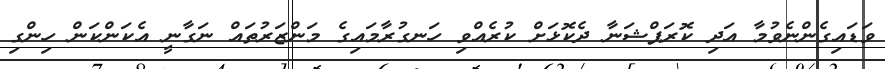
ވަޑައިގެންނެވުމާ އަދި ކޮރަޕްޝަނާ ދެކޮޅަށް ކުރެއްވި ހަނގުރާމައިގެ މަންޒަރުތައް ނަގާނީ އެކަންކަން ހިންގި